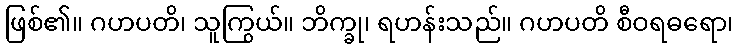
ဖြစ်၏။ ဂဟပတိ၊ သူကြွယ်။ ဘိက္ခု၊ ရဟန်းသည်။ ဂဟပတိ စီဝရဓရော၊